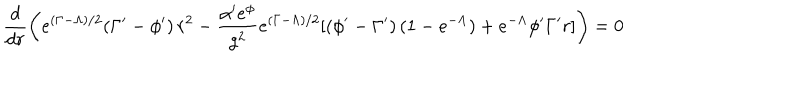
\frac { d } { d r } \left( e ^ { ( \Gamma - \Lambda ) / 2 } ( \Gamma ^ { \prime } - \phi ^ { \prime } ) \, r ^ { 2 } - \frac { \alpha ^ { \prime } e ^ { \phi } } { g ^ { 2 } } e ^ { ( \Gamma - \Lambda ) / 2 } [ ( \phi ^ { \prime } - \Gamma ^ { \prime } ) \, ( 1 - e ^ { - \Lambda } ) + e ^ { - \Lambda } \phi ^ { \prime } \Gamma ^ { \prime } r ] \right) = 0